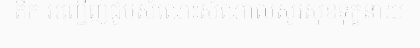
តឹក អញ្ជើញជួបសំណេះសំណាលសួរសុខទុក្ខនាយ